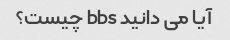
آیا می دانید bbs چیست؟